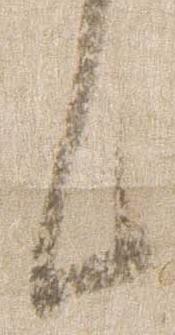
件